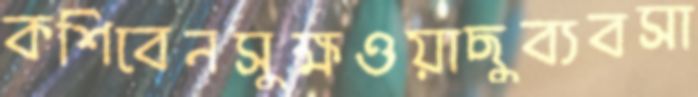
কশিবেনসুক্ষওয়াছুব্যবসা